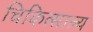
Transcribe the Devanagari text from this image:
चिकित्साल्य